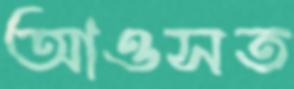
আওসত